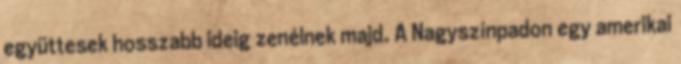
együttesek hosszabb ideig zenélnek majd. A Nagyszínpadon egy amerikai